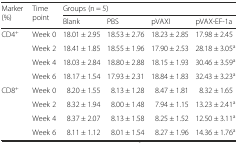
<table><thead><tr><td rowspan="2"><b>Marker (%)</b></td><td rowspan="2"><b>Time point</b></td><td colspan="4"><b>Groups (n = 5)</b></td></tr><tr><td><b>Blank</b></td><td><b>PBS</b></td><td><b>pVAXI</b></td><td><b>pVAX-EF-1a</b></td></tr></thead><tbody><tr><td>CD4<sup>+</sup></td><td>Week 0</td><td>18.01 ± 2.95</td><td>18.53 ± 2.76</td><td>18.23 ± 2.85</td><td>17.98 ± 2.45</td></tr><tr><td></td><td>Week 2</td><td>18.41 ± 1.85</td><td>18.55 ± 1.96</td><td>17.90 ± 2.53</td><td>28.18 ± 3.05<sup>a</sup></td></tr><tr><td></td><td>Week 4</td><td>18.03 ± 2.84</td><td>18.80 ± 2.88</td><td>18.15 ± 1.93</td><td>30.46 ± 3.59<sup>a</sup></td></tr><tr><td></td><td>Week 6</td><td>18.17 ± 1.54</td><td>17.93 ± 2.31</td><td>18.84 ± 1.83</td><td>32.43 ± 3.23<sup>a</sup></td></tr><tr><td>CD8<sup>+</sup></td><td>Week 0</td><td>8.20 ± 1.55</td><td>8.13 ± 1.28</td><td>8.47 ± 1.81</td><td>8.32 ± 1.65</td></tr><tr><td></td><td>Week 2</td><td>8.32 ± 1.94</td><td>8.00 ± 1.48</td><td>7.94 ± 1.15</td><td>13.23 ± 2.41<sup>a</sup></td></tr><tr><td></td><td>Week 4</td><td>8.37 ± 2.07</td><td>8.13 ± 1.58</td><td>8.25 ± 1.52</td><td>12.50 ± 3.11<sup>a</sup></td></tr><tr><td></td><td>Week 6</td><td>8.11 ± 1.12</td><td>8.01 ± 1.54</td><td>8.27 ± 1.96</td><td>14.36 ± 1.76<sup>a</sup></td></tr></tbody></table>